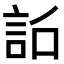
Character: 𧦎